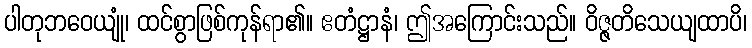
ပါတုဘဝေယျုံ၊ ထင်စွာဖြစ်ကုန်ရာ၏။ ဧတံဋ္ဌာနံ၊ ဤအကြောင်းသည်။ ဝိဇ္ဇတိသေယျထာပိ၊